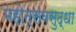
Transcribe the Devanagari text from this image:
महोत्सवसुद्धा